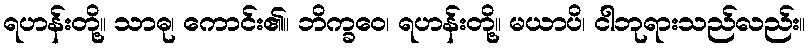
ရဟန်းတို့။ သာဓု၊ ကောင်း၏။ ဘိက္ခဝေ၊ ရဟန်းတို့။ မယာပိ၊ ငါဘုရားသည်လည်း။